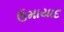
ઉમાયાદ